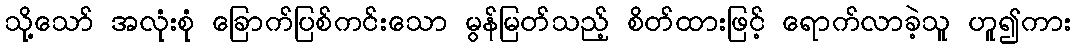
သို့သော် အလုံးစုံ ခြောက်ပြစ်ကင်းသော မွန်မြတ်သည့် စိတ်ထားဖြင့် ရောက်လာခဲ့သူ ဟူ၍ကား